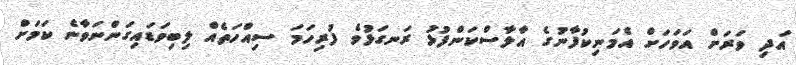
އަދި ވަރަށް އަވަހަށް އެމަނިކުފާނުގެ އާލާސްކަންފުޅު ރަނގަޅުވެ ފުރިހަމަ ސިއްހަތެއް ލިބިވަޑައިގަންނަވާނެ ކަމަށް